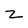
Character: z